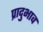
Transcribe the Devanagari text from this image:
प्रादुभाव